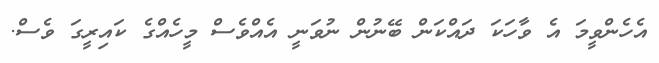
އެހެންވީމަ އެ ވާހަކަ ދައްކަން ބޭނުން ނުވަނީ އެއްވެސް މީހެއްގެ ކައިރީގަ ވެސް.